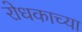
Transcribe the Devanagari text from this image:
रोधकाच्या